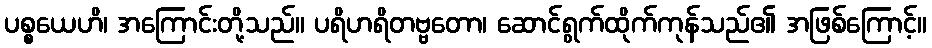
ပစ္စယေဟိ၊ အကြောင်းတို့သည်။ ပရိဟရိတဗ္ဗတော၊ ဆောင်ရွက်ထိုက်ကုန်သည်၏ အဖြစ်ကြောင့်။